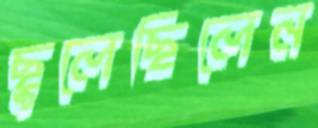
ছুলেছিলেন